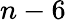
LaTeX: n-6